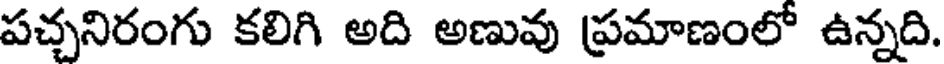
పచ్చనిరంగు కలిగి అది అణువు ప్రమాణంలో ఉన్నది.